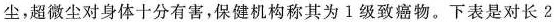
尘，超微尘对身体十分有害，保健机构称其为1级致癌物。下表是对长2